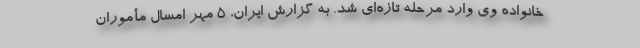
خانواده وی وارد مرحله تازه‌ای شد. به گزارش ایران، ۵ مهر امسال مأموران